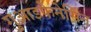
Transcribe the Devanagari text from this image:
गुआइफेनेसिन